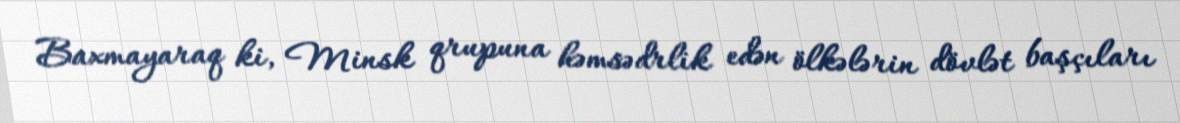
Baxmayaraq ki, Minsk qrupuna həmsədrlik edən ölkələrin dövlət başçıları